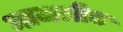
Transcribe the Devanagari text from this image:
माजलीत